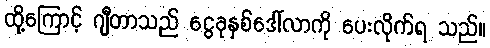
ထို့ကြောင့် ဂျီတာသည် ငွေခုနှစ်ဒေါ်လာကို ပေးလိုက်ရ သည်။